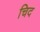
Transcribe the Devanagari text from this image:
चिद